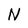
Character: N